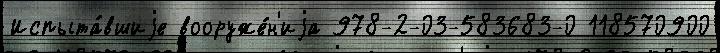
Испыта́вшиjе вооруже́н'иjа 978-2-03-583683-0 118570900